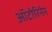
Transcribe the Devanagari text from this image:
ऑटोरिनेन